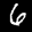
Label: 6